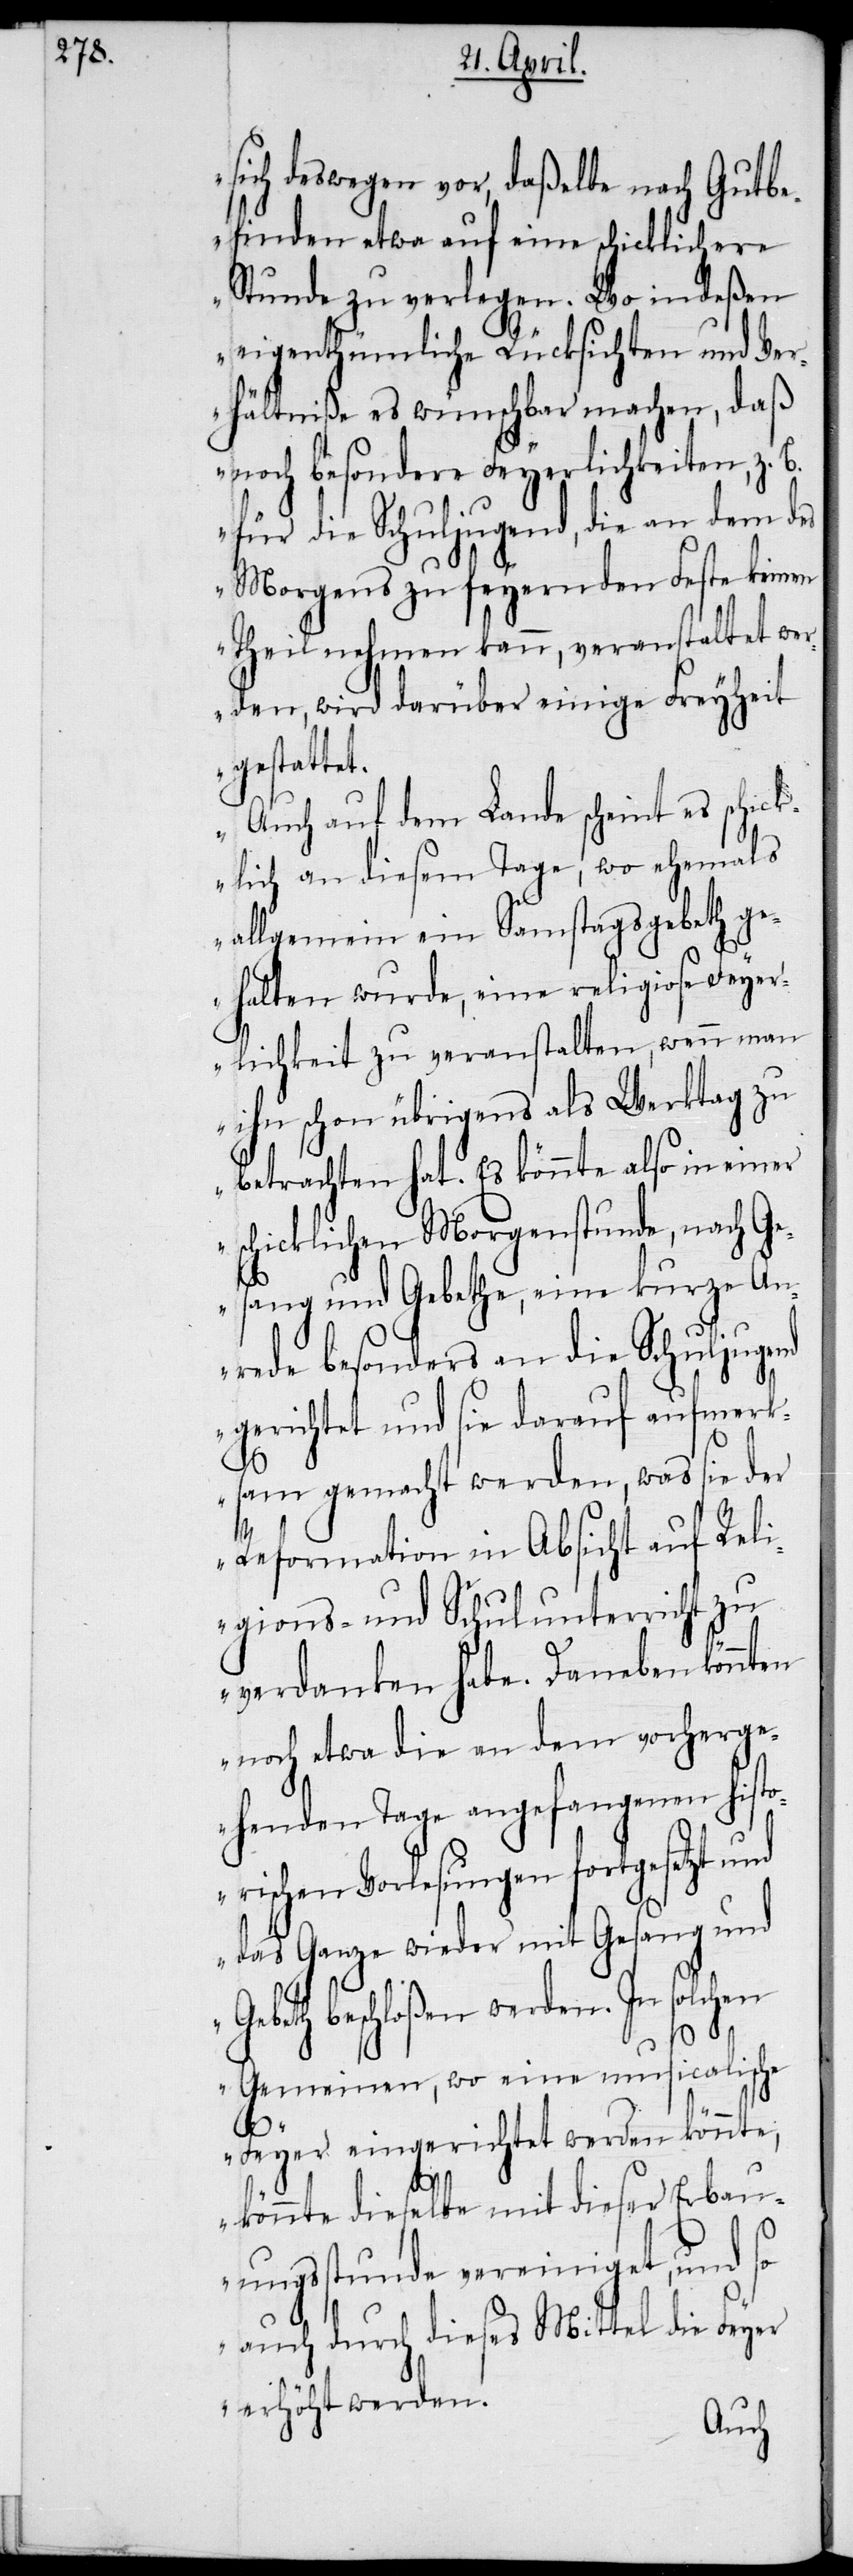
sich deswegen vor, daßelbe nach Gutbe¬
finden etwa auf eine schicklichere
Stunde zu verlegen. Wo indeßen
eigenthümliche Rücksichten und Ver¬
hältniße es wünschbar machen, daß
noch besondere Feyerlichkeiten, z.
für die Schuljugend, die an dem des
Morgens zu feyernden Feste keinen
Theil nehmen kann, veranstaltet wer¬
den, wird darüber einige Freyheit
gestattet.
Auch auf dem Lande scheint es schic¬
klich an diesem Tage, wo ehemals
allgemein ein Samstagsgebeth ge¬
halten wurde, eine religiose Feyer¬
lichkeit zu veranstalten, wenn man
ihn schon übrigens als Werktag zu
betrachten hat. Es könnte also in einer
schicklichen Morgenstunde, nach G¬
esang und Gebethe, eine kurze An¬
rede besonders an die Schuljugend
gerichtet und sie darauf aufmer¬
ksam gemacht werden, was sie der
Reformation in Absicht auf Reli¬
gions- und Schulunterricht zu
verdanken habe. Daneben könnten
noch etwa die an dem vorherg¬
ehenden Tage angefangenen histo¬
rischen Vorlesungen fortgesetzt und
das Ganze wieder mit Gesang und
Gebeth beschloßen werden. In solchen
Gemeinen, wo eine musicalische
Feyer eingerichtet werden könnte,
könnte dieselbe mit dieser Erbau¬
ungsstunde vereiniget, und so
auch durch dieses Mittel die Feyer
erhöht werden.